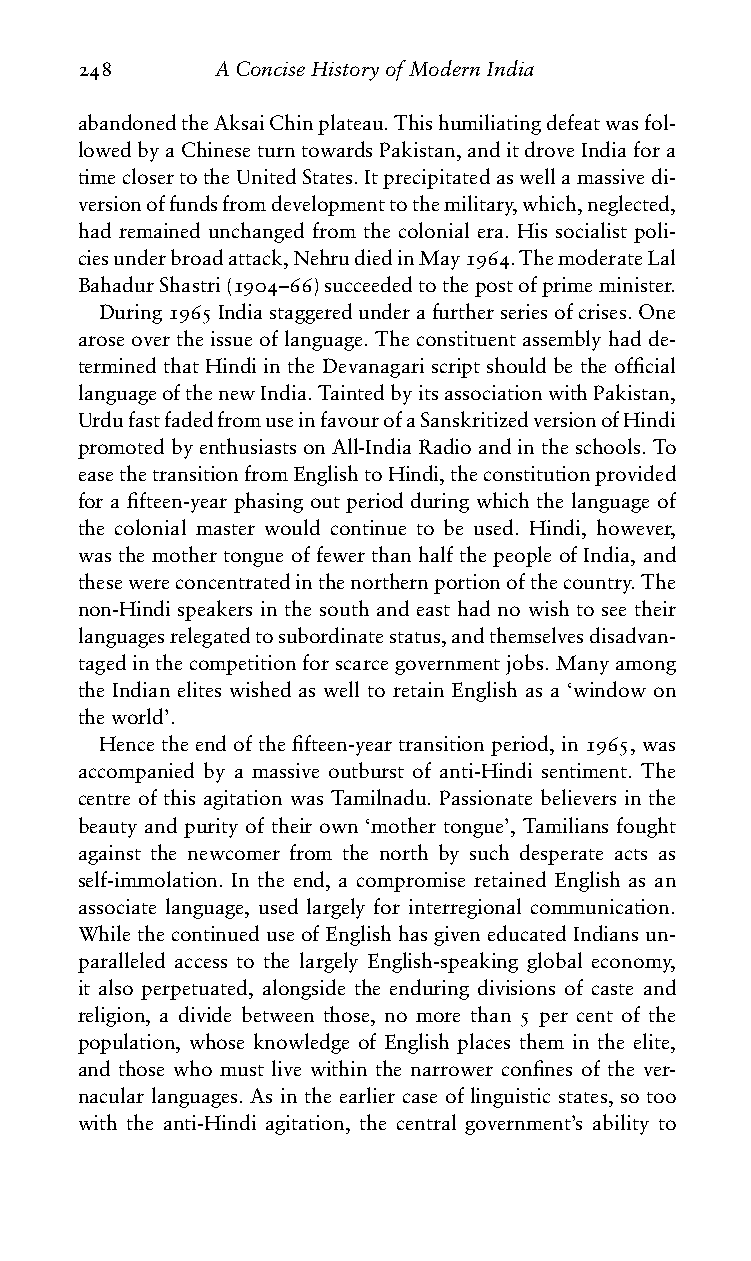
248      AConciseHistoryofModernIndia
 abandonedtheAksaiChinplateau.Thishumiliatingdefeatwasfol-
 lowedbyaChineseturntowardsPakistan,anditdroveIndiafora
 timeclosertotheUnitedStates.Itprecipitatedaswellamassivedi-
 versionoffundsfromdevelopmenttothemilitary,which,neglected,
 had remained unchanged from the colonial era. His socialist poli-
 ciesunderbroadattack,NehrudiedinMay1964.ThemoderateLal
 BahadurShastri(1904–66)succeededtothepostofprimeminister.
 During1965Indiastaggeredunderafurtherseriesofcrises.One
 aroseovertheissueoflanguage.Theconstituentassemblyhadde-
 termined that Hindi in the Devanagari script should be the official
 languageofthenewIndia.TaintedbyitsassociationwithPakistan,
 UrdufastfadedfromuseinfavourofaSanskritizedversionofHindi
 promotedbyenthusiastsonAll-IndiaRadioandintheschools.To
 easethetransitionfromEnglishtoHindi,theconstitutionprovided
 for a fifteen-year phasing out period during which the language of
 the colonial master would continue to be used. Hindi, however,
 was the mother tongue of fewer than half the people of India, and
 thesewereconcentratedinthenorthernportionofthecountry.The
 non-Hindi speakers in the south and east had no wish to see their
 languagesrelegatedtosubordinatestatus,andthemselvesdisadvan-
 tagedinthecompetitionforscarcegovernmentjobs.Manyamong
 the Indian elites wished as well to retain English as a ‘window on
 theworld’.
 Hencetheendofthefifteen-yeartransitionperiod,in1965,was
 accompanied by a massive outburst of anti-Hindi sentiment. The
 centre of this agitation was Tamilnadu. Passionate believers in the
 beauty and purity of their own ‘mother tongue’, Tamilians fought
 against the newcomer from the north by such desperate acts as
 self-immolation. In the end, a compromise retained English as an
 associate language, used largely for interregional communication.
 While the continued use of English has given educated Indians un-
 paralleled access to the largely English-speaking global economy,
 it also perpetuated, alongside the enduring divisions of caste and
 religion, a divide between those, no more than 5 per cent of the
 population, whose knowledge of English places them in the elite,
 and those who must live within the narrower confines of the ver-
 nacular languages. As in the earlier case of linguistic states, so too
 with the anti-Hindi agitation, the central government’s ability to